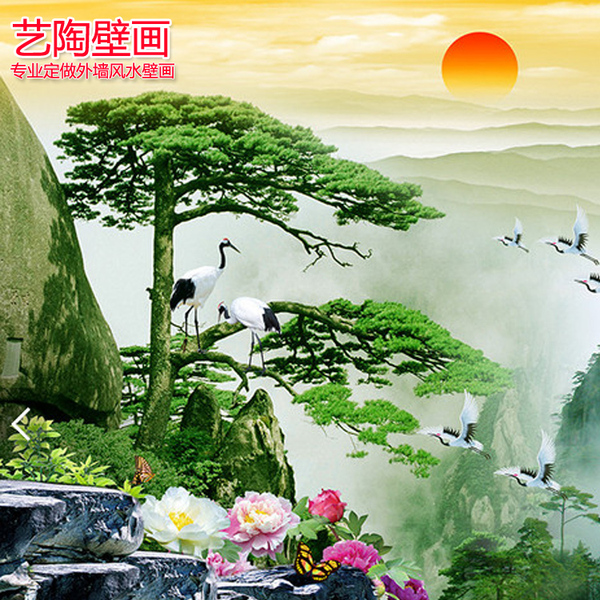
和氏之璧乎？价重千金，然以之间纺，曾不如瓦砖。